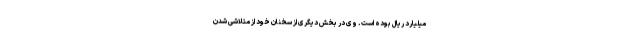
میلیارد ریال بوده است. وی در بخش دیگری از سخنان خود از متلاشی شدن